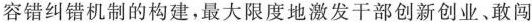
容错纠错机制的构建，最大限度地激发干部创新创业、敢闯